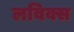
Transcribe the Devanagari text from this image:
लविक्स